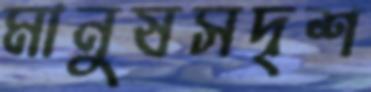
মানুষসদৃশ